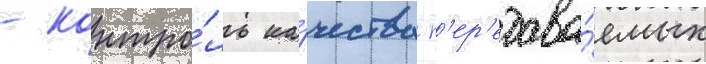
- контро́ль ка́чества п'ер'едава́емых